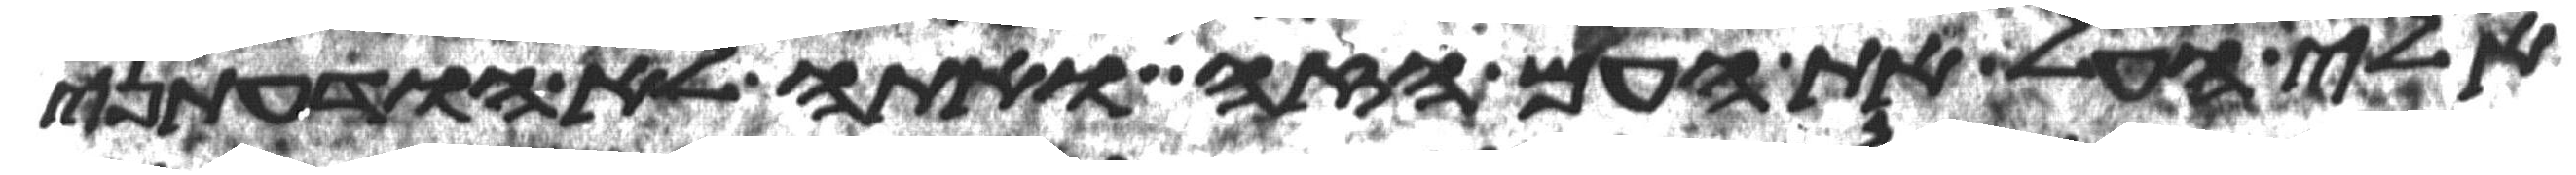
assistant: אלי העל את העם הזה ואתה לא הודעתני